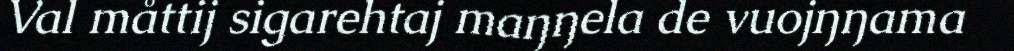
Val måttij sigarehtaj maŋŋela de vuojŋŋama